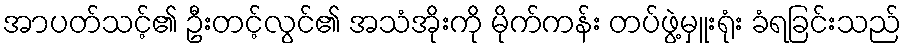
အာပတ်သင့်၏ ဦးတင့်လွင်၏ အသံအိုးကို မိုက်ကန်း တပ်ဖွဲ့မှူးရုံး ခံရခြင်းသည်